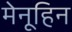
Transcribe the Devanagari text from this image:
मेनूहिन